Annual statistical returns and brief notes on vaccination in Bengal - 1887-1898
Year: 1887
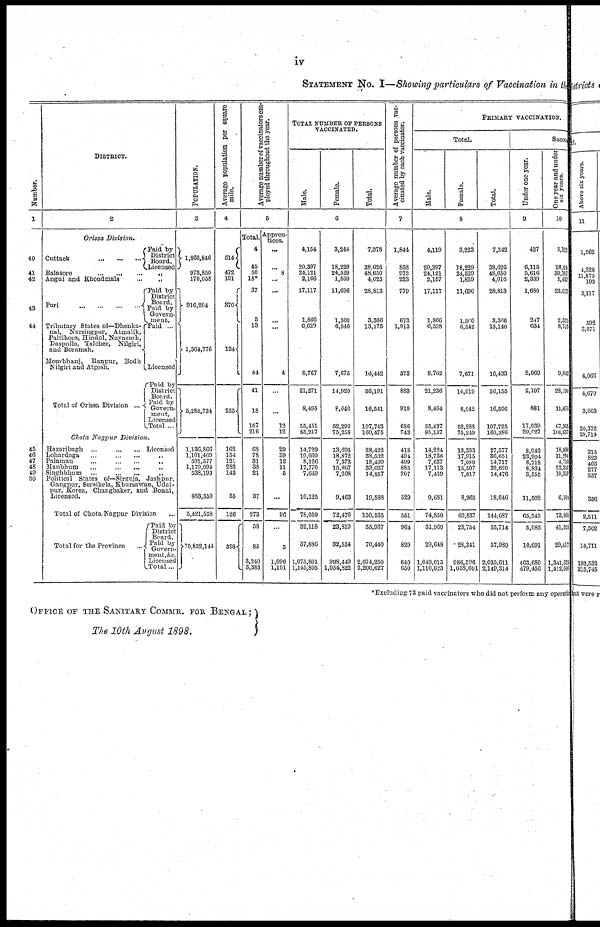
iv
STATEMENT No. I—Showing particulars of Vaccination in the
Number.
1
40
41
42
43
44
45
46
47
48
49
50
DISTRICT.
2
Orissa Division.
Cuttack
...
...
...
Paid by
District
Board.
Licensed
Balasore...
...
...
„
Angul and Khondmals
...
„
Puri
...
...
...
...
Tributary States of—Dhenka¬
nal, Narsingpur, Atmalik,
Paltihora, Hindol, Nayagarh,
Daspulla, Talcher, Nilgiri,
and Boramah.
Mourbhanj, Ranpur, Bodh
Nilgiri and Atgosh.
Total of Orissa Division ...
Paid by
District
Board.
Paid by
Govern¬
ment.
Paid ...
Licensed
Paid by
District
Board.
Paid by
Govern-
ment,
Licensed
Total ...
Chota Nagpur
Division.
Hazaribagh ...
...
... Licensed
Lohardaga
...
...
...
„
Palamau
...
...
...
„
Manbhum
...
...
...
„
Singhbhum ...
...
...
„
Political States of—Sirguja, Jashpur,
Gangpur, Seraikela, Khursawan, Udai¬
pur, Korea, Changbaker, and Bonai,
Licensed.
Total of Chota Nagpur Division ...
Total for the Province ...
Paid by
District
Board.
Paid by
Govern¬
ment,&c.
Licensed
Total...
POPULATION.
3
1,860,846
973,850
170,058
916,204
1,364,776
5,285,734
1,136,866
1,101,469
591,577
1,170,094
538,193
883,359
5,421,558
70,832,144
Average population per square
mile.
4
514
472
101
370
124
253
162
154
121
282
143
55
126
398
Average number of vaccinators em-
ployed throughout the year.
5
Total.
4
45
50
18*
37
5
13
44
41
18
157
216
68
78
31
38
21
37
273
58
85
3,240
3,383
Appren-
tices.
...
... 8
...
...
...
...
4
...
...
12
12
29
39
12
11
5
...
96
...
5
1,096
1,101
TOTAL NUMBER OF PERSONS
VACCINATED.
Male.
Female.
Total.
6
4,154
20,397
24,121
2,166
17,117
1,866
6,629
8,767
21,271
8,495
55,451
85,217
14,729
19,660
8,126
17,770
7,649
10,125
78,059
32,118
37,886
1,075,801
1,145,805
3,244
18,229
24,529
1,859
11,696
1,500
6,546
7,675
14,920
8,046
52,292
75,258
13,693
18,872
7,373
15,867
7,208
9,463
72,476
23,819
32,554
998,449
1,054,822
7,378
38,626
48,650
4,025
28,813
3,366
13,175
16,442
36,191
16,541
107,743
160,475
28,422
38,532
15,499
33,637
14,857
19,588
150,535
55,937
70,440
2,074,250
2,200,627
Average number of persons vac-
cinated by each vaccinator.
7
1,844
858
973
223
779
673
1,013
373
883
919
686
743
418
494
499
885
707
529
551
964
829
640
650
PRIMARY VACCINATION.
Total.
Male.
Female.
Total.
8
4,119
20,397
24,121
2,157
17,117
1,866
6,598
8,762
21,236
8,464
55,437
85,137
14,224
18,736
7,637
17,113
7,459
9,681
74,850
31,960
29,648
1,049,015
1,110,623
3,223
18,229
24,529
1,859
11,696
1,500
6,542
7,671
14,919
8,042
52,288
75,249
13,353
17,915
7,080
15,507
7,017
8,965
69,837
23,754
28,341
986,596
1,038,691
7,342
38,626
48,650
4,016
28,813
3,366
13,140
16,433
36,155
16,506
107,725
160,386
27,577
36,651
14,717
32,620
14,476
18,646
144,687
55,714
57,989
2,035,611
2,149,314
Succes
Under one year.
9
427
6,115
5,616
2,339
1,680
247
634
2,969
2,107
881
17,039
20,027
8,942
23,994
8,718
8,834
3,555
11,502
65,545
5,085
10,691
463,680
479,456
One year and under
six years.
10
5,122
26,69
30,187
1,437
23,072
2,325
8,753
9,043
28,194
11,078
67,365
106,637
18,090
11,294
4,710
23,351
10,319
6,104
73,868
41,324
29,417
1,341,325
1,412,066
*Excluding 73 paid vaccinators who did not perform any operation
OFFICE OF THE SANITARY COMMR. FOR BENGAL;
The 10th August 1898.